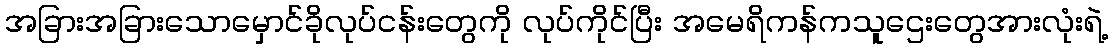
အခြားအခြားသောမှောင်ခိုလုပ်ငန်းတွေကို လုပ်ကိုင်ပြီး အမေရိကန်ကသူဌေးတွေအားလုံးရဲ့